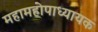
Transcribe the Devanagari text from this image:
महामहोपाध्यायक